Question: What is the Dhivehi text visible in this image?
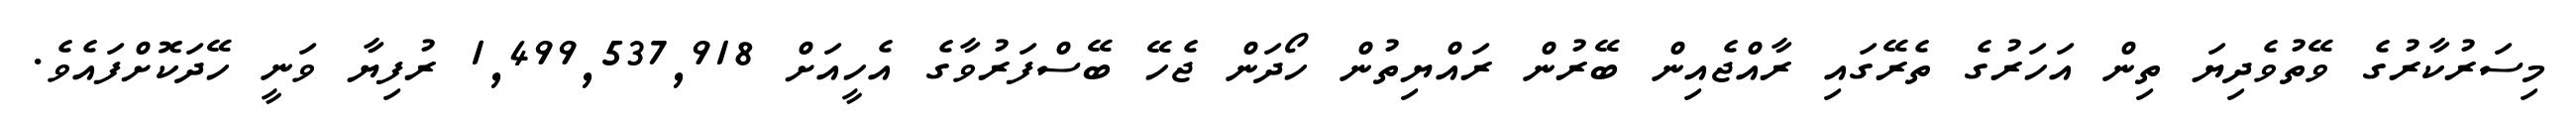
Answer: މިސަރުކާރުގެ ވޭތުވެދިޔަ ތިން އަހަރުގެ ތެރޭގައި ރާއްޖެއިން ބޭރުން ރައްޔިތުން ހޯދަން ޖެހޭ ބޭސްފަރުވާގެ އެހީއަށް 1,499,537,918 ރުފިޔާ ވަނީ ހޭދަކޮށްފައެވެ.